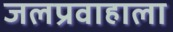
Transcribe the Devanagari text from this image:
जलप्रवाहाला